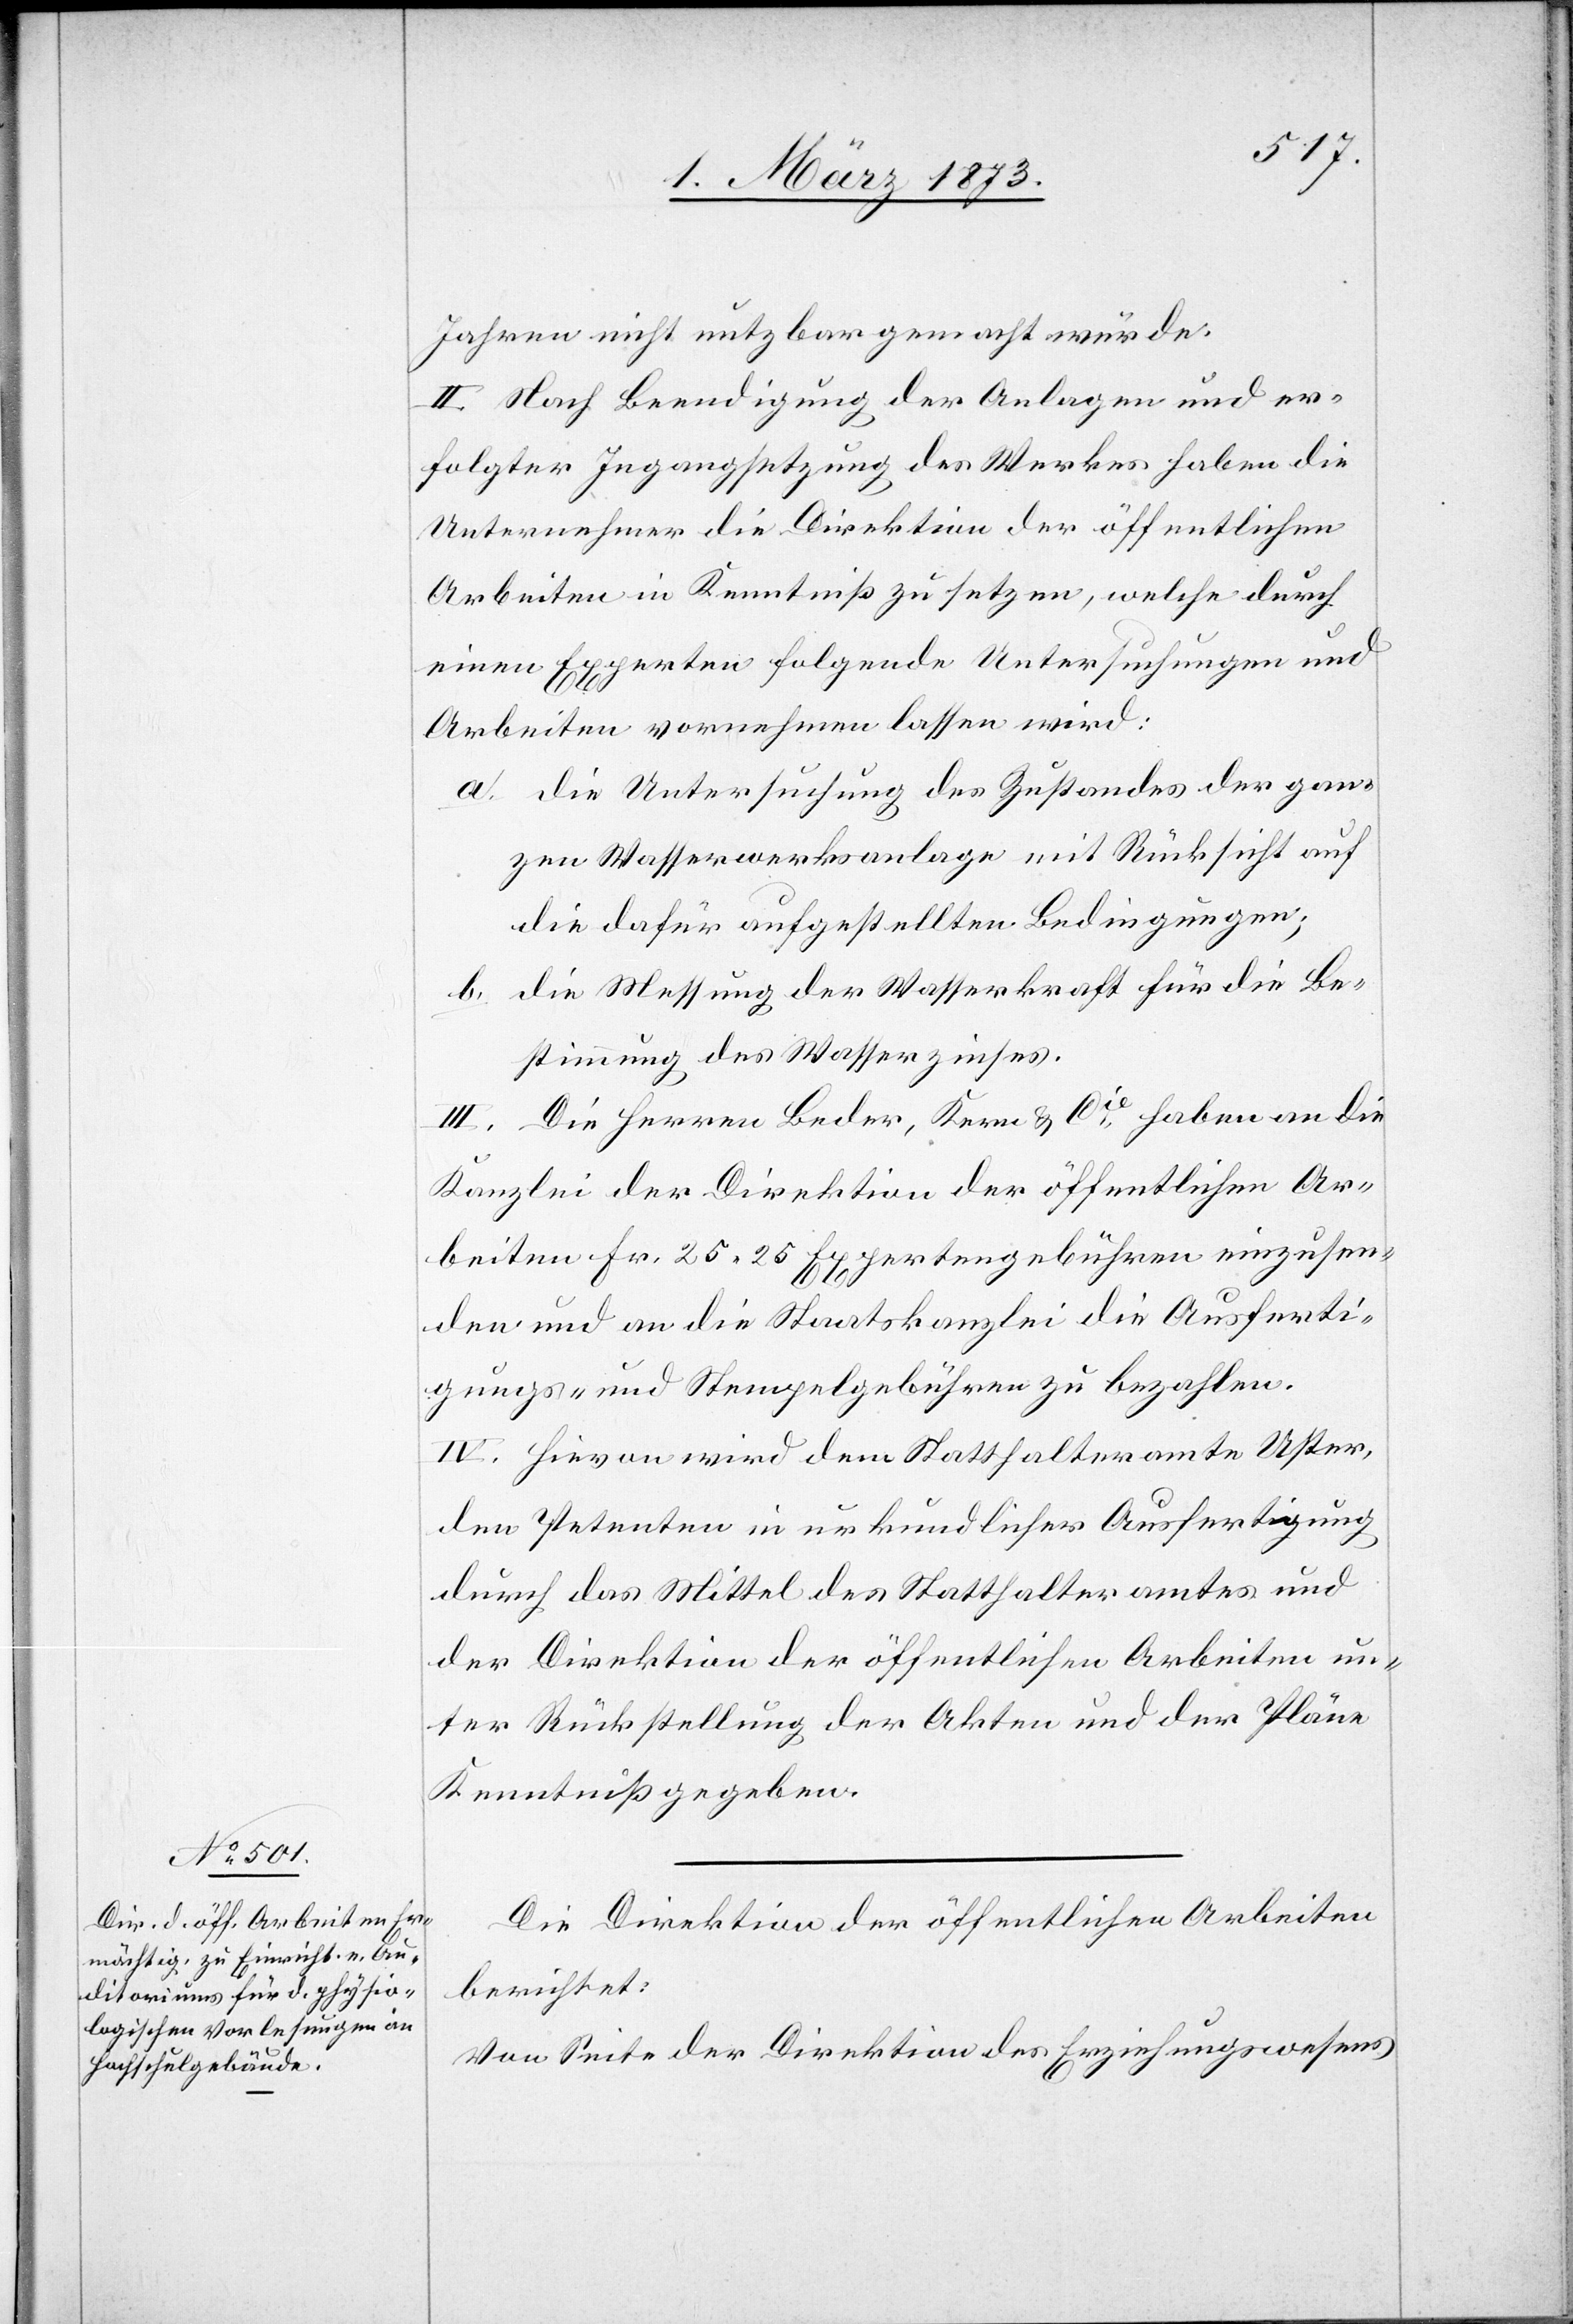
Jahren nicht nutzbar gemacht würde.
II. Nach Beendigung der Anlagen und er¬
folgter Ingangsetzung des Werkes haben die
Unternehmer die Direktion der öffentlichen
Arbeiten in Kenntniß zu setzen, welche durch
einen Experten folgende Untersuchungen und
Arbeiten vornehmen lassen wird:
a. die Untersuchung des Zustandes der gan¬
zen Wasserwerksanlage mit Rücksicht auf
die dafür aufgestellten Bedingungen;
b. die Messung der Wasserkraft für die Be¬
stimmung des Wasserzinses.
III. Die Herren Beder, Kern u. Cie haben an die
Kanzlei der Direktion der öffentlichen Ar¬
beiten Fr. 25.25 Expertengebühren einzusen¬
den und an die Staatskanzlei die Ausferti¬
gungs- und Stempelgebühren zu bezahlen.
IV. Hievon wird dem Statthalteramte Uster,
den Petenten in urkundlicher Ausfertigung
durch das Mittel des Statthalteramtes und
der Direktion der öffentlichen Arbeiten un¬
ter Rückstellung der Akten und der Pläne
Kenntniß gegeben.
Die Direktion der öffentlichen Arbeiten
berichtet:
Von Seite der Direktion des Erziehungswesens